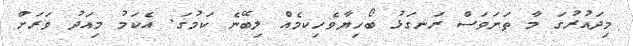
މިދައުރުގަ މާ ތަނަވަސް ރަނގަޅު ބޯހިޔާވެހިކމެއް ލިބޭނެ ކަމުގަ. އެކަމު މިއަދު ވަރަށް